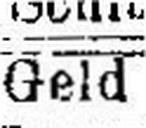
Geld